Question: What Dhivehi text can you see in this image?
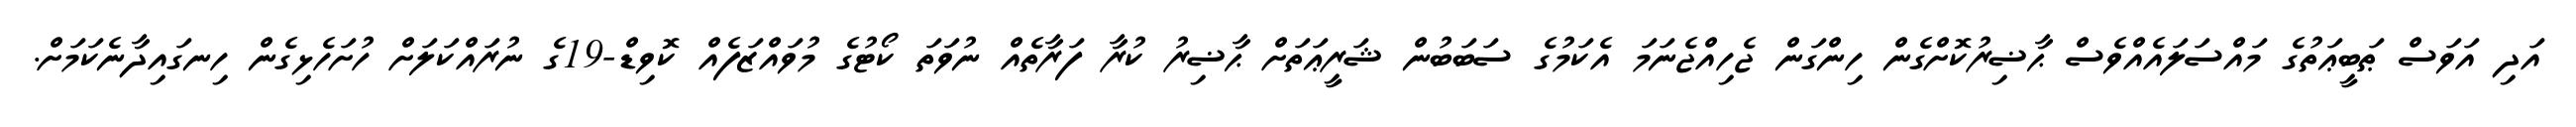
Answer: އަދި އަވަސް ޠަބީޢަތުގެ މައްސަލައެއްވެސް ޙާޟިރުކޮށްގެން ހިންގަން ޖެހިއްޖެނަމަ އެކަމުގެ ސަބަބުން ޝަރީޢަތަށް ޙާޟިރު ކުރާ ފަރާތެއް ނުވަތަ ކޯޓުގެ މުވައްޒަފެއް ކޮވިޑް-19ގެ ނުރައްކަލަށް ހުށަހެޅިގެން ހިނގައިދާނެކަމަށް.